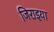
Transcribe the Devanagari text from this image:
जिराइया